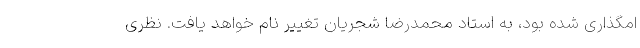
امگذاری شده بود، به استاد محمدرضا شجریان تغییر نام خواهد یافت. نظری